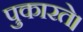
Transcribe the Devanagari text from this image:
पुकारते।